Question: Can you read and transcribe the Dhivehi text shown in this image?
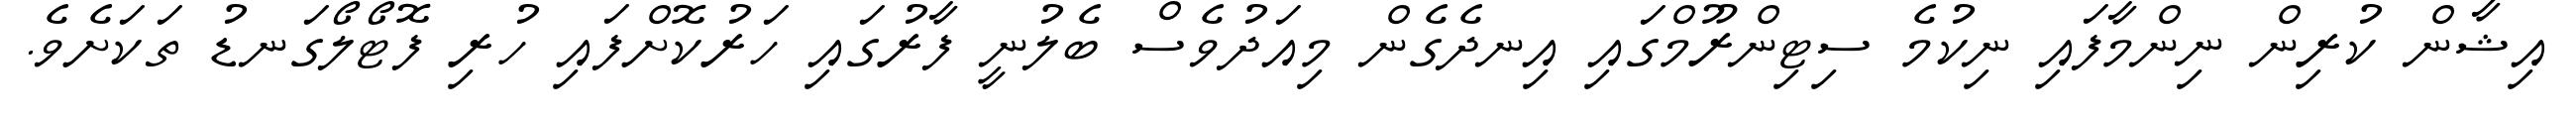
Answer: އިޝާން ކުރިން ނިންމާފައި ނިކުމެ ސިޓިންރޫމްގައި އިނދެގެން މިއަދުވެސް ބެލުނީ ފާރުގައި ހަރުކޮށްފައި ހުރި ފޮޓޯލޯގަނޑު ތަކަށެވެ.